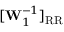
[ \mathbf { W } _ { 1 } ^ { - 1 } ] _ { \mathrm { R R } }